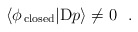
\begin{align*}\langle \phi_{\rm \,closed}|{\rm D}p\rangle \not= 0~~.\end{align*}